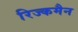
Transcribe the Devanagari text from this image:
रिज्कमैन